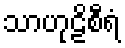
သာဟုဠိစီရံ